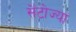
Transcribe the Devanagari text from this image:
सेंटोज्या